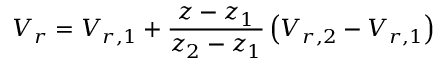
V _ { r } = V _ { r , 1 } + \frac { z - z _ { 1 } } { z _ { 2 } - z _ { 1 } } \left( V _ { r , 2 } - V _ { r , 1 } \right)